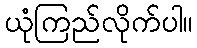
ယုံကြည်လိုက်ပါ။